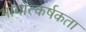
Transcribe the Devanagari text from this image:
भावोत्कर्षकता